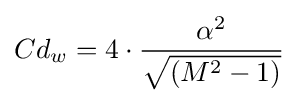
Cd_{w}=4\cdot {\frac {\alpha ^{2}}{\sqrt {(M^{2}-1)}}}